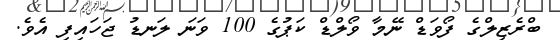
ބްރެޒިލްގެ ފޯވަޑް ނޭމާ ވޯލްޑް ކަޕުގެ 100 ވަނަ ލަނޑު ޖަހައިފި އެވެ.